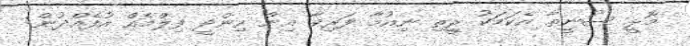
މޮޅީ ސުނީތާ އެކަމަކު ރީތި ނިއުމާ ފަރިވާ އިން ހިންދީ ފިލްމެއް އުފެއްދުން: